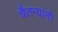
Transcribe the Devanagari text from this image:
चैतन्यांनी